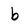
Character: b